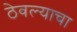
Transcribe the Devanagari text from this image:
ठेवल्याचा